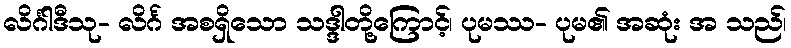
လိင်္ဂါဒီသု- လိင်္ဂ အစရှိသော သဒ္ဒါတို့ကြောင့်၊ ပုမဿ- ပုမ၏ အဆုံး အ သည်၊